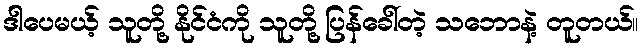
ဒါပေမယ့် သူတို့ နိုင်ငံကို သူတို့ ပြန်ခေါ်တဲ့ သဘောနဲ့ တူတယ်။